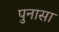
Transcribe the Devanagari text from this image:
पुनासा